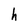
Character: h